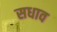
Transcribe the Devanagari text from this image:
सधाव